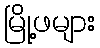
မြို့ဖများ